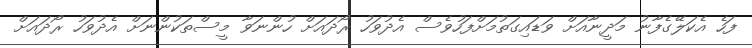
ފަހެ އެކަލޭގެފާނު މަދީނާއަށް ވަޑައިގަތުމަށްފަހުވެސް އެދުވަހު ރޯދައަށް ހުންނަވާ މީސްތަކުންނަށް އެދުވަހު ރޯދައަށް